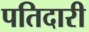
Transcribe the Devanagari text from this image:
पतिदारी